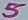
Text: 5